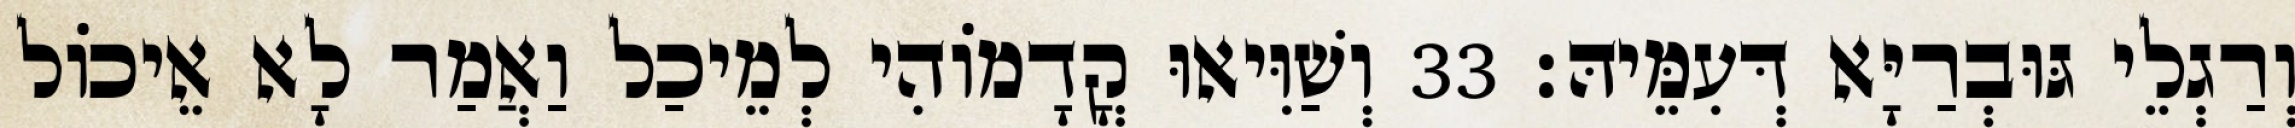
וְרַגְלֵי גּוּבְרַיָּא דְּעִמֵּיהּ׃ 33 וְשַׁוִּיאוּ קֳדָמוֹהִי לְמֵיכַל וַאֲמַר לָא אֵיכוֹל